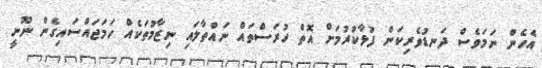
އެހެން ނަމަވެސް ދަނޑުވެރިކަން ފުޅާކުރުމަށް އޮތް ހުރަސްތައް ނައްތާލައި ނިޒާމުތަކެއް ހަމަޖައްސައިގެން ނޫނީ